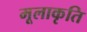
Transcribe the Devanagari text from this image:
मूलाकृति